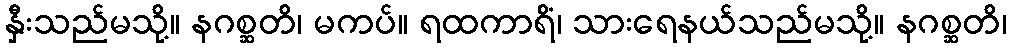
နှီးသည်မသို့။ နဂစ္ဆတိ၊ မကပ်။ ရထကာရိံ၊ သားရေနယ်သည်မသို့။ နဂစ္ဆတိ၊